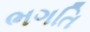
ભગતિ